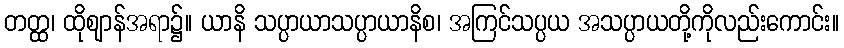
တတ္ထ၊ ထိုဈာန်အရာ၌။ ယာနိ သပ္ပာယာသပ္ပာယာနိစ၊ အကြင်သပ္ပယ အသပ္ပာယတို့ကိုလည်းကောင်း။